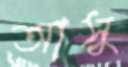
আসু